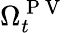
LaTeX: \Omega_{t}^{\mathrm{~P~V~}}